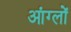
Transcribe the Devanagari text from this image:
आंग्लों